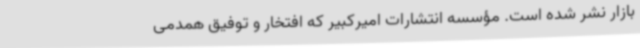
بازار نشر شده است. مؤسسه انتشارات امیرکبیر که افتخار و توفیق همدمی